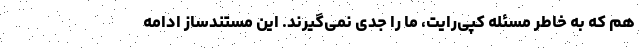
هم که به خاطر مسئله کپی‌رایت، ما را جدی نمی‌گیرند. این مستندساز ادامه